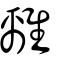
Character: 離